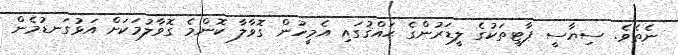
ނެތެވެ. ސިޔާސީ ޕާޓީތަކުގެ ލީޑަރުންގެ ޙައްޤުގައި އެމީހުން ގޮވާލާ ކޮންމެ ގޮވާލުމަކަށް އަޅުގަނޑުމެން